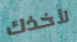
لأخذك